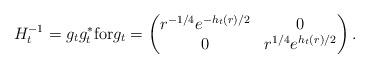
LaTeX: \begin{align*}H_t^{-1} = g_t g_t^* \mbox{for} g_t= \begin{pmatrix} r^{-1/4}e^{-h_t(r)/2} & 0\\ 0 & r^{1/4}e^{h_t(r)/2} \end{pmatrix}. \end{align*}